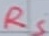
Text: RS